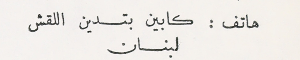
هاتف : كابين بتدين اللقش لبنان